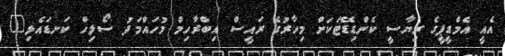
އެއީ އެމްޑީޕީގެ ރިޔާސީ ކެންޑިޑޭޓަކަށް މިހާރުގެ ރައީސް އިބްރާހިމް މުހައްމަދު ސޯލިހް ކަނޑައެޅި"